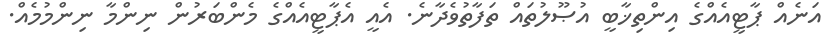
އަނެއް ޕާޓީއެއްގެ އިންތިޚާބީ އުޞޫލުތައް ތަފާތުވެދާނެ. އެއީ އެޕާޓީއެއްގެ މެންބަރުން ނިންމާ ނިންމުމެއް.